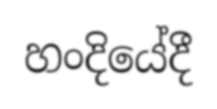
හංදියේදී